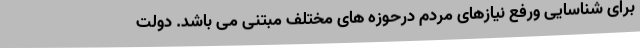
برای شناسایی ورفع نیازهای مردم درحوزه های مختلف مبتنی می باشد. دولت